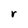
Character: r